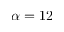
\alpha = 1 2